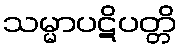
သမ္မာပဋိပတ္တိ